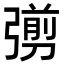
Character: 彅